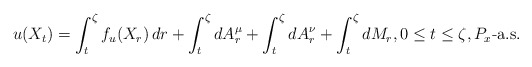
\begin{align*}u(X_{t})=\int_{t}^{\zeta}f_{u}(X_{r})\,dr+\int_{t}^{\zeta}dA_{r}^{\mu}+\int_{t}^{\zeta}dA_{r}^{\nu} +\int_{t}^{\zeta}dM_{r},0\le t\le\zeta,P_x\mbox{-a.s.}\end{align*}